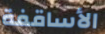
الأساقفة